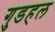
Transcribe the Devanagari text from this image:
गुडहल